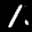
Label: 1